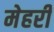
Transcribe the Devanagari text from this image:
मेहरी